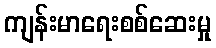
ကျန်းမာရေးစစ်ဆေးမှု